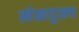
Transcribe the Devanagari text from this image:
खेळाडूसच